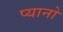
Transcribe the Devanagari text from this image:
प्यानो